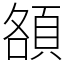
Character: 頟